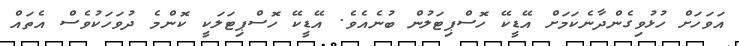
އަވަހަށް ހުޅުވިގެންދާނެކަމަށް އޭޑީކޭ ހޮސްޕިޓަލުން ބުނެއެވެ. އޭޑީކޭ ހޮސްޕިޓަލަކީ ކޮންމެ ދުވަހަކުވެސް އެތައް